65_HS1-834228961_62-HQ-83894_Section_5
Agency: FBI
Page 54
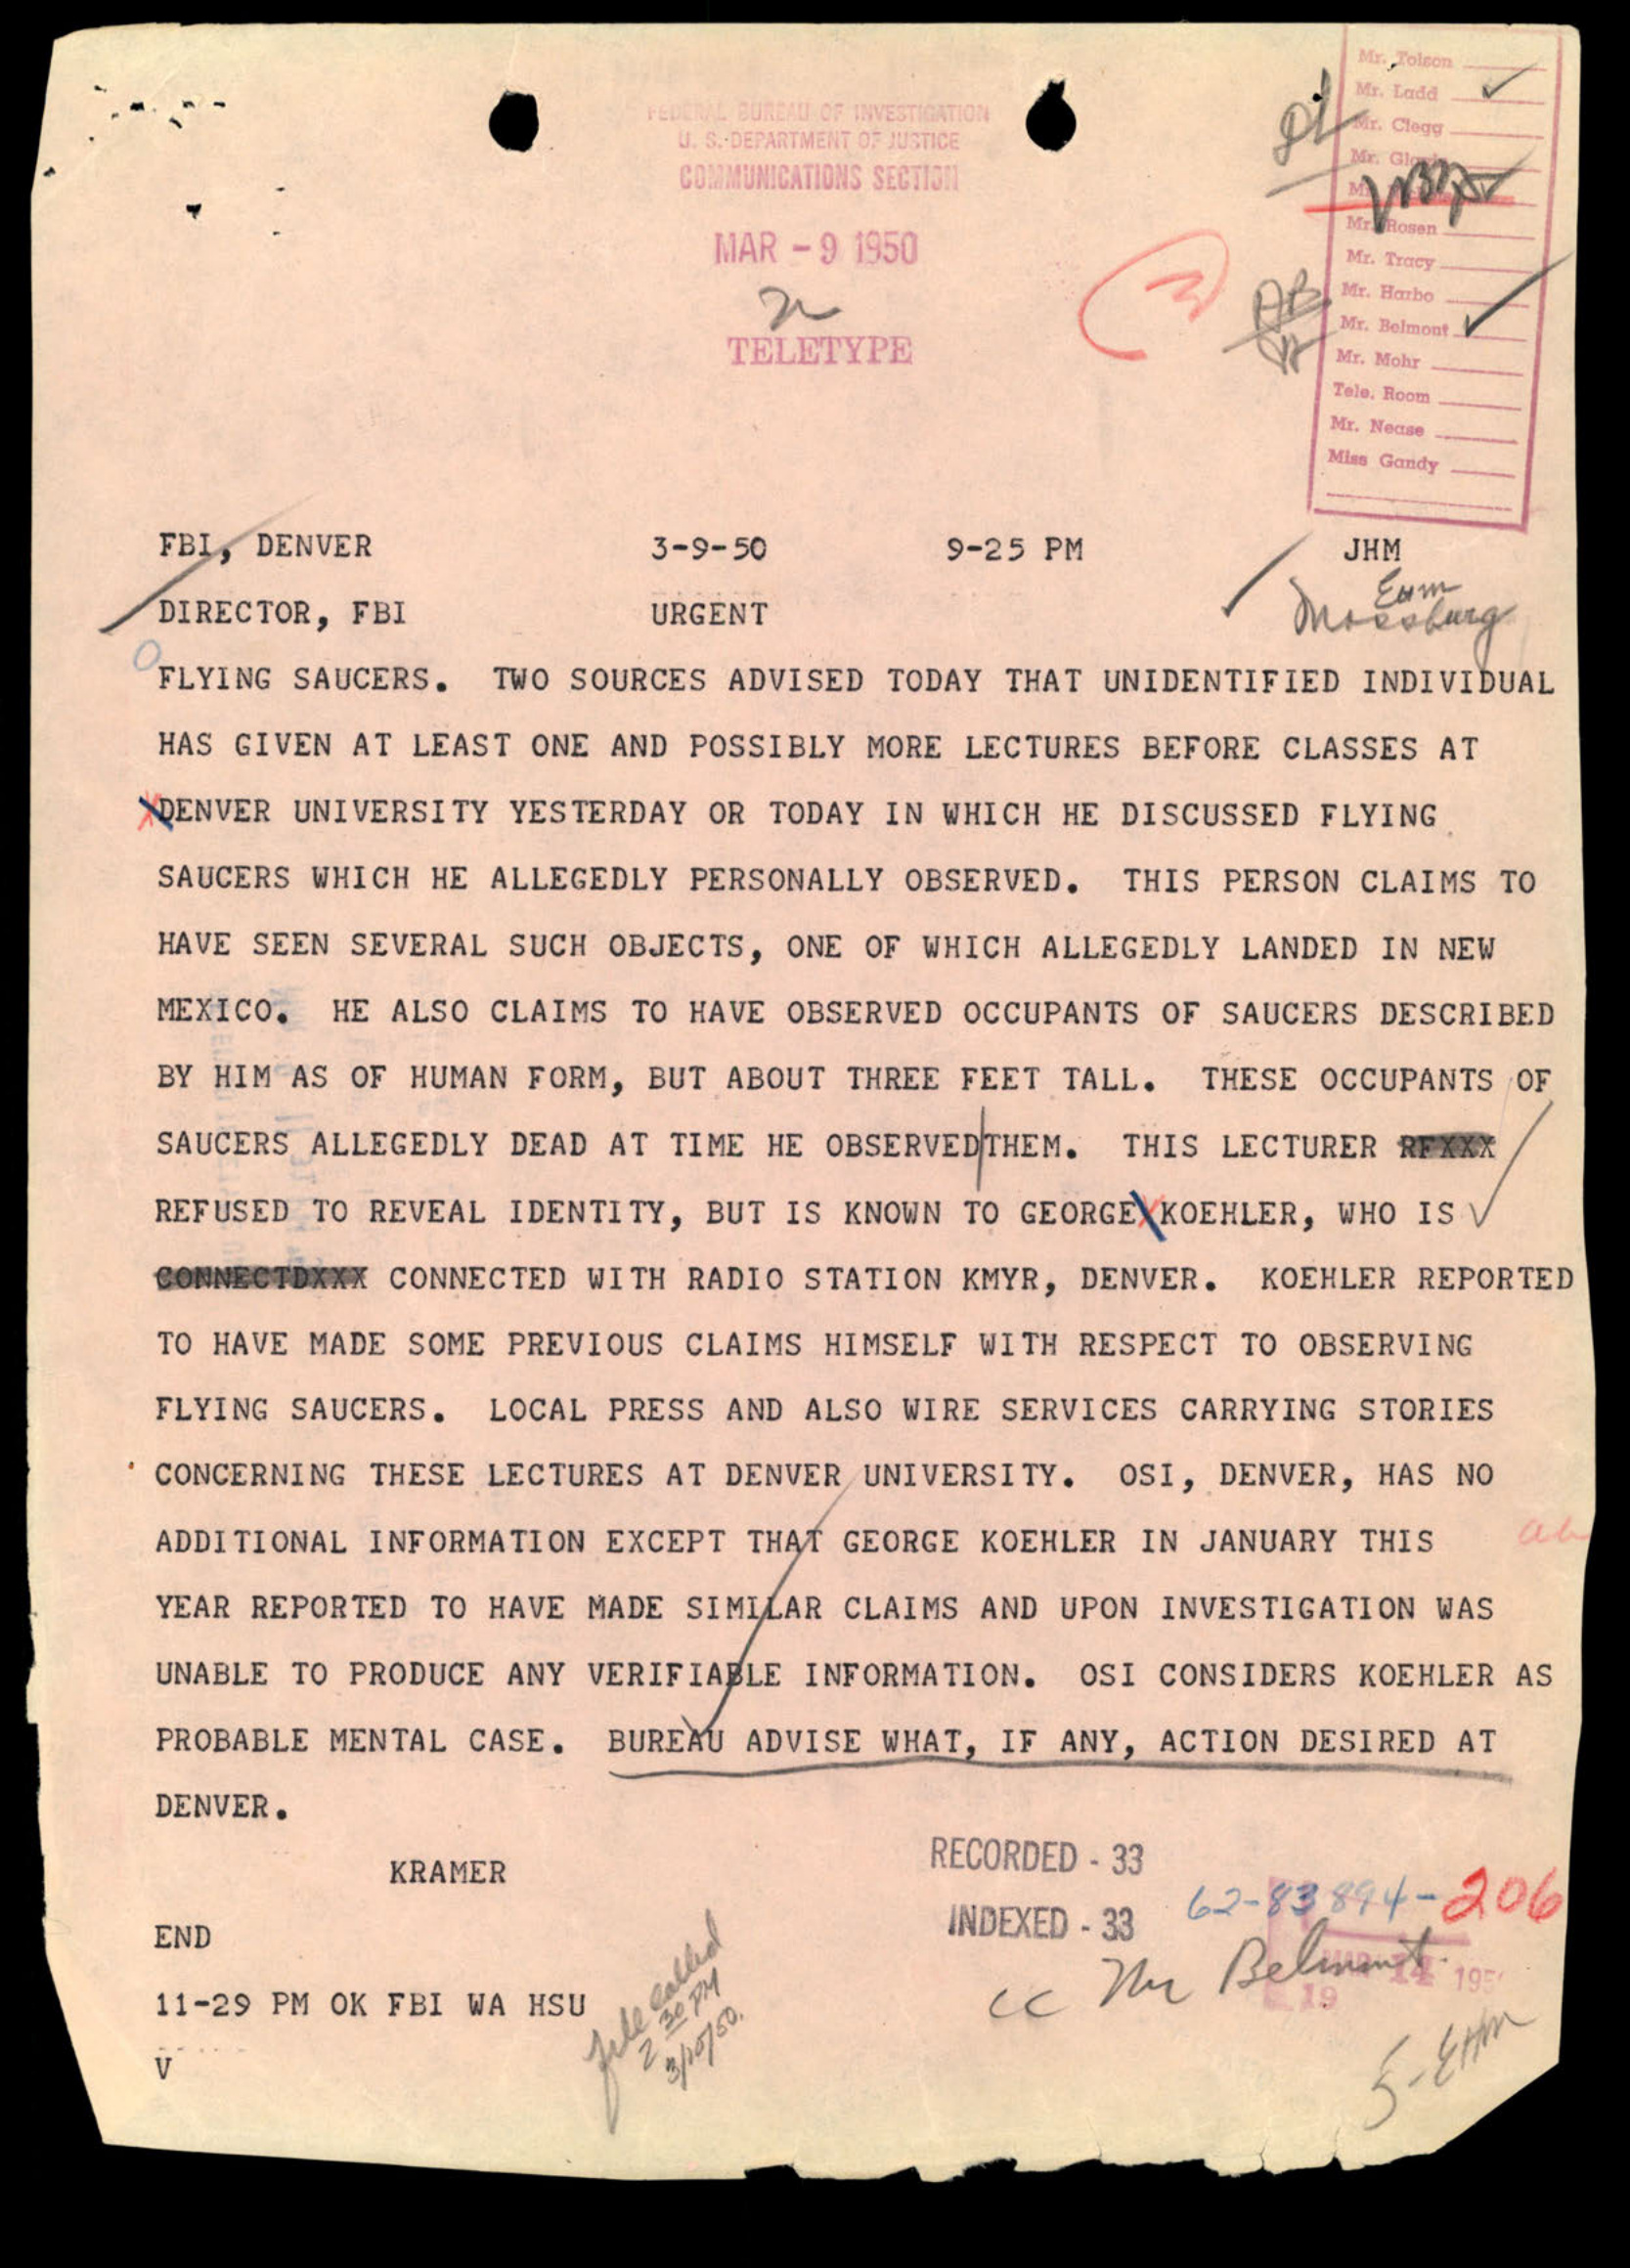